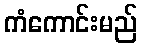
ကံကောင်းမည်